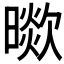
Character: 𣊞